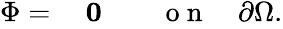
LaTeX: \begin{array}{rl}{\Phi=}&{{}~\mathbf{0}\qquad\mathrm{~o~n~}\quad\partial\Omega.}\end{array}